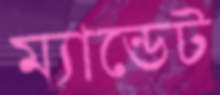
ম্যান্ডেট